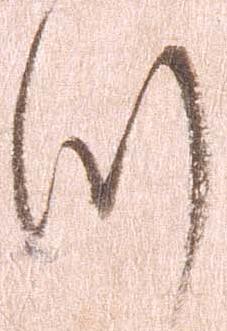
つ